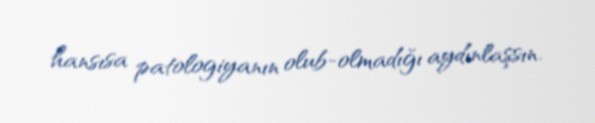
hansısa patologiyanın olub-olmadığı aydınlaşsın.